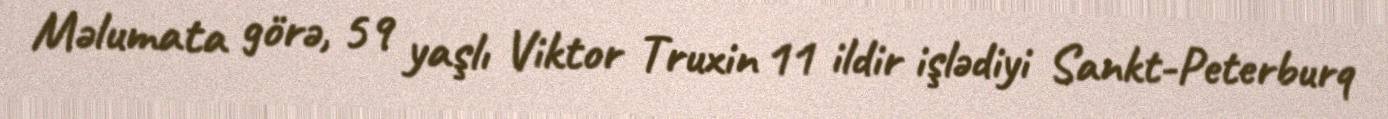
Məlumata görə, 59 yaşlı Viktor Truxin 11 ildir işlədiyi Sankt-Peterburq